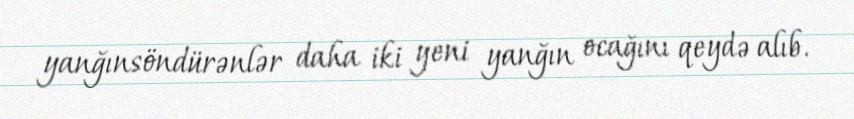
yanğınsöndürənlər daha iki yeni yanğın ocağını qeydə alıb.